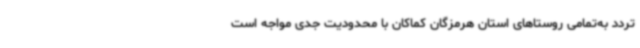
تردد به‌تمامی روستاهای استان هرمزگان کماکان با محدودیت جدی مواجه است